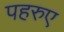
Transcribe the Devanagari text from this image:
पहरुए